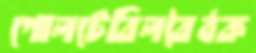
গোলটেবিলবৈঠক